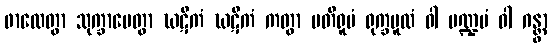
ဖာလေတွာ သုက္ခာပေတွာ ဃဋိကံ ဃဋိကံ ကတွာ ပတိရူပံ ရုက္ခမူလံ ဝါ မဏ္ဍပံ ဝါ ဂန္တွာ